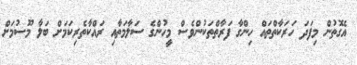
އެގޮތުން މިފަދަ ހަރަކާތްތައް ހިންގާ ފަރާތްތަކުންވެސް މީހުންގެ ސަލާމަތާއި ރައްކާތެރިކަމަށް ބަލާ މޫސުމަށް